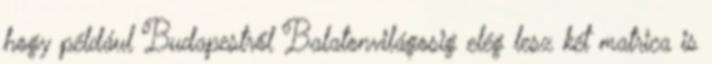
hogy például Budapestről Balatonvilágosig elég lesz két matrica is